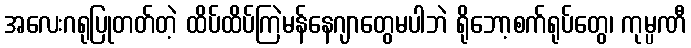
အလေးဂရုပြုတတ်တဲ့ ထိပ်ထိပ်ကြဲမန်နေဂျာတွေမပါဘဲ ရိုဘော့စက်ရုပ်တွေ၊ ကုမ္ပဏီ